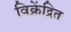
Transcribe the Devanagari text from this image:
विक्रेंद्रित